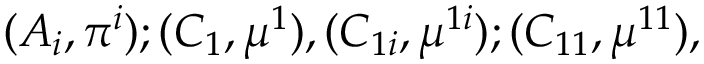
( A _ { i } , \pi ^ { i } ) ; ( C _ { 1 } , \mu ^ { 1 } ) , ( C _ { 1 i } , \mu ^ { 1 i } ) ; ( C _ { 1 1 } , \mu ^ { 1 1 } ) ,